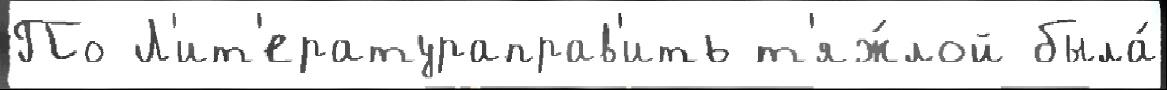
По Л'ит'ератураправ'ить т'яж́лой была́